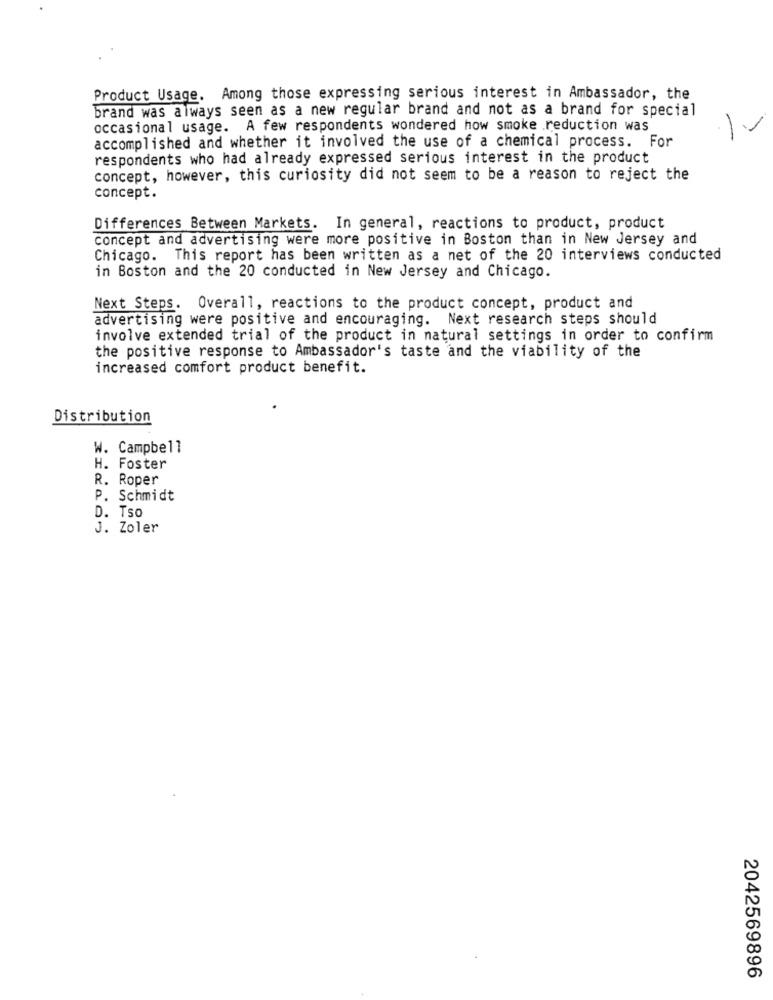
Product Usage. Among those expressing serious interest in Ambassador, the
brand was always seen as a new regular brand and not as a brand for special
occasional usage. A few respondents wondered how smoke reduction was
accomplished and whether it involved the use of a chemical process. For
respondents who had already expressed serious interest in the product
concept, however, this curiosity did not seem to be a reason to reject the
concept.
Differences Between Markets. In general, reactions to product, product
concept and advertising were more positive in Boston than in New Jersey and
Chicago. This report has been written as a net of the 20 interviews conducted
in Boston and the 20 conducted in New Jersey and Chicago.
Next Steps. Overall, reactions to the product concept, product and
advertising were positive and encouraging. Next research steps should
involve extended trial of the product in natural settings in order to confirm
the positive response to Ambassador's taste and the viability of the
increased comfort product benefit.
Distribution
W. Campbell
H. Foster
R. Roper
P. Schmidt
D. Tso
J. Zoler
2042569896